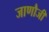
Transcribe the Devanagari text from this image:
जाणौजी